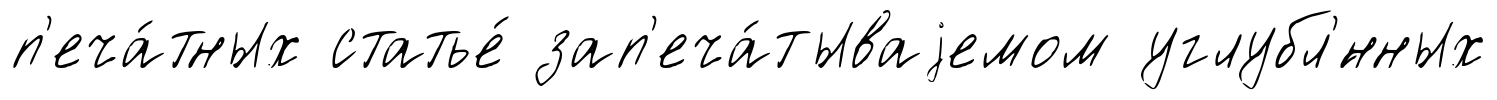
п'еча́тных статье́ зап'еча́тываjемом углубл'́нных